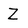
Character: Z